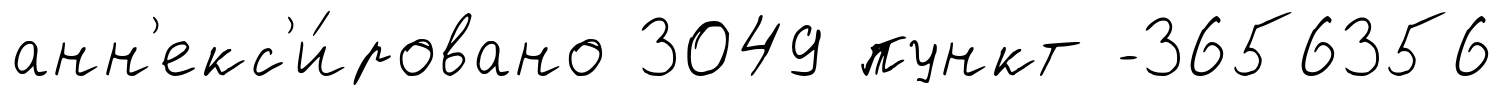
анн'екс'и́ровано 3049 пункт -3656356